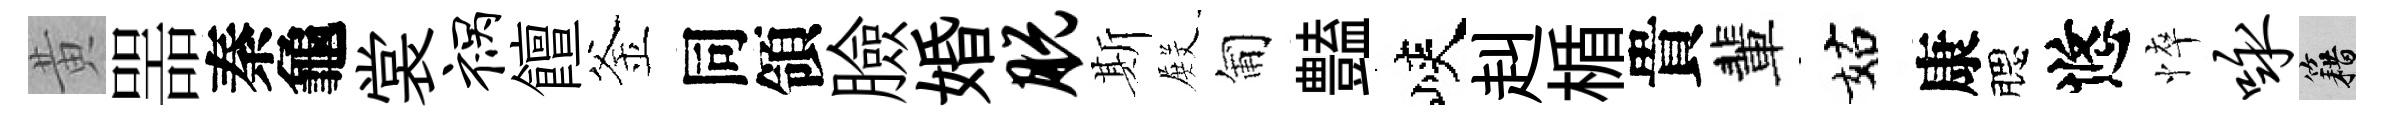
黄噐秦龜裳祸饘釜同領臉婚脱斯𭮺匍𧰟峽赳楯貴輩姑康腮悠悴咏籍